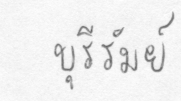
บุรีรัมย์